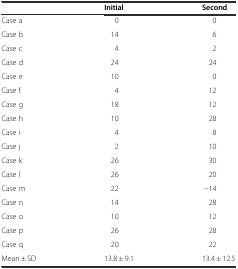
|  | Initial | Second |
 | --- | --- | --- |
 | Case a | 0 | 0 |
 | Case b | 14 | 6 |
 | Case c | 4 | 2 |
 | Case d | 24 | 24 |
 | Case e | 10 | 0 |
 | Case f | 4 | 12 |
 | Case g | 18 | 12 |
 | Case h | 10 | 28 |
 | Case i | 4 | 8 |
 | Case j | 2 | 10 |
 | Case k | 26 | 30 |
 | Case l | 26 | 20 |
 | Case m | 22 | −14 |
 | Case n | 14 | 28 |
 | Case o | 10 | 12 |
 | Case p | 26 | 28 |
 | Case q | 20 | 22 |
 | Mean ± SD | 13.8 ± 9.1 | 13.4 ± 12.5 |